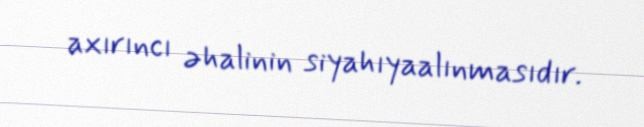
axırıncı əhalinin siyahıyaalınmasıdır.